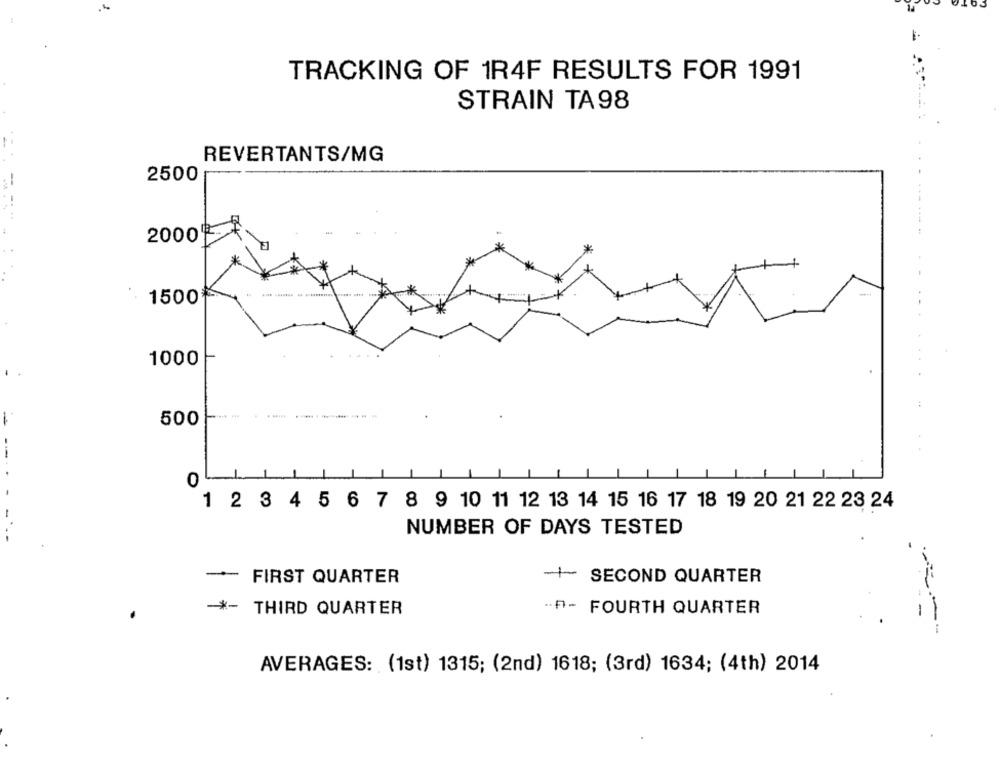
TRACKING OF 1R4F RESULTS FOR 1991
STRAIN TA 98
REVERTANTS/MG
2500
-
2000
1500
1000
500
---------
0
1 2 3 4 5 6 7 8 9 10 11 12 13 14 15 16 17 18 19 20 21 22 23 24
NUMBER OF DAYS TESTED
-
FIRST QUARTER
-+- SECOND QUARTER
-*- THIRD QUARTER
-P- FOURTH QUARTER
AVERAGES: (1st) 1315; (2nd) 1618; (3rd) 1634; (4th) 2014